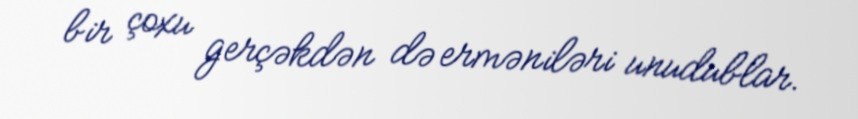
bir çoxu gerçəkdən də erməniləri unudublar.